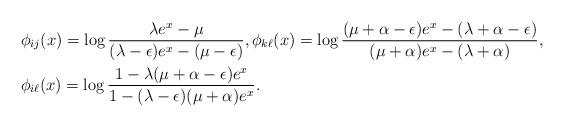
LaTeX: \begin{align*}&\phi_{ij}(x)=\log\frac{\lambda e^x-\mu}{(\lambda-\epsilon)e^x-(\mu-\epsilon)},\phi_{k\ell}(x)=\log\frac{(\mu+\alpha-\epsilon)e^x-(\lambda+\alpha-\epsilon)}{(\mu+\alpha)e^x-(\lambda+\alpha)},\\&\phi_{i\ell}(x)=\log\frac{1-\lambda(\mu+\alpha-\epsilon)e^x}{1-(\lambda-\epsilon)(\mu+\alpha)e^x}.\end{align*}